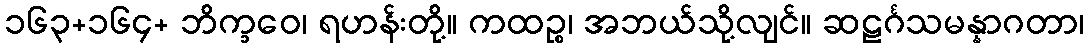
၁၆၃+၁၆၄+ ဘိက္ခဝေ၊ ရဟန်းတို့။ ကထဉ္စ၊ အဘယ်သို့လျင်။ ဆဠင်္ဂသမန္နာဂတာ၊